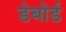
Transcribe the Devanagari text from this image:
डेबोर्ड